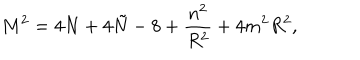
M ^ { 2 } = 4 N + 4 \tilde { N } - 8 + \frac { n ^ { 2 } } { R ^ { 2 } } + 4 m ^ { 2 } R ^ { 2 } ,